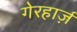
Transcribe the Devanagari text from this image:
गेरहार्ज़